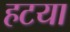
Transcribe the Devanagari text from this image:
हटया